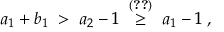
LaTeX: a _ { 1 } + b _ { 1 } \; > \; a _ { 2 } - 1 \; \stackrel { ( \ref { e q : D b m } ) } { \geq } \; a _ { 1 } - 1 \; ,